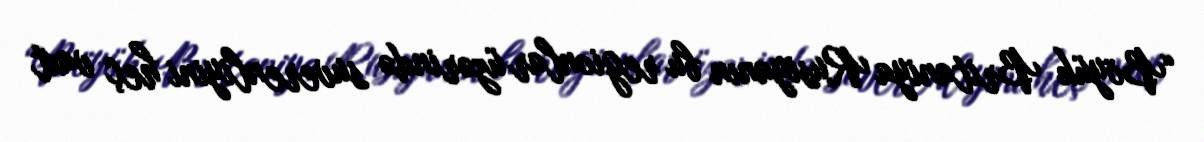
“Böyük Britaniya Rusiyanın bu regionlar üzərində suverenliyini heç vaxt